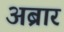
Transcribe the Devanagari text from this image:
अब्रार